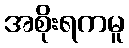
အစိုးရကမူ